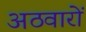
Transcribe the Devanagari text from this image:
अठवारों